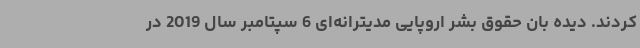
کردند. دیده بان حقوق بشر اروپایی مدیترانه‌ای 6 سپتامبر سال 2019 در